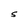
Character: S